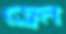
ড্রেন